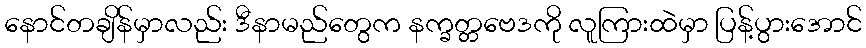
နောင်တချိန်မှာလည်း ဒီနာမည်တွေက နက္ခတ္တဗေဒကို လူကြားထဲမှာ ပြန့်ပွားအောင်